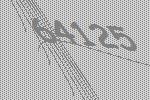
64125